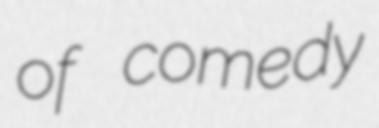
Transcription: of comedy